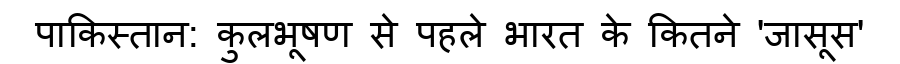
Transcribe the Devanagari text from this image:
पाकिस्तान: कुलभूषण से पहले भारत के कितने 'जासूस'